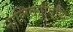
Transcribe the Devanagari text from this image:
नालिकाविधि